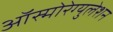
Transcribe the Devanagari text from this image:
ऑस्मोरेग्युलेशन